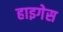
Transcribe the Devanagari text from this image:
हाइगेस